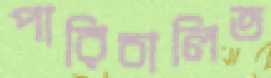
পারিচালিত